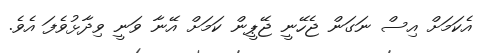
އެކަމަށް އިސް ނަގަން ޖެހޭނީ ޖޭޕީން ކަމަށް އޭނާ ވަނީ ވިދާޅުވެފަ އެވެ.